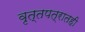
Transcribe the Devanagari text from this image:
वृत्तपत्रातही